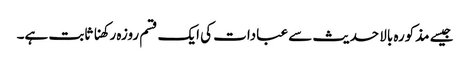
جیسے مذکورہ بالا حدیث سے عبادات کی ایک قسم روزہ رکھنا ثابت ہے۔